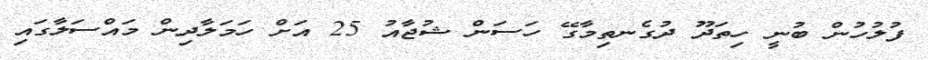
ފުލުހުން ބުނީ ހިތަދޫ ދުގެނތިމާގޭ ހަސަން ޝުޖާއު 25 އަށް ހަމަލާދިން މައްސަލާގައި